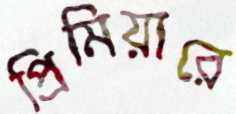
প্রিমিয়ারে